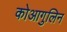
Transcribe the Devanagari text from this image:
कोआगुलिन